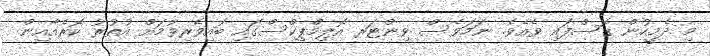
މި ދެމީހުން ގޮސްފައި ވެއެވެ. ނަމަވެސް ވިންޓަރ އޮލިމްޕިކްސްގައި ބައިވެރިވުމަށް އުތުރު ކޮރެއާއިން